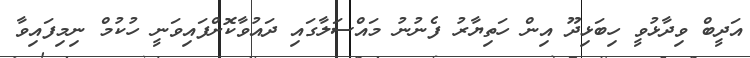
އަދީބް ވިދާޅުވީ ހިބަޅިދޫ އިން ހަތިޔާރު ފެނުނު މައްސަލާގައި ދައުވާކޮށްފައިވަނީ ހުކުމް ނިމިފައިވާ